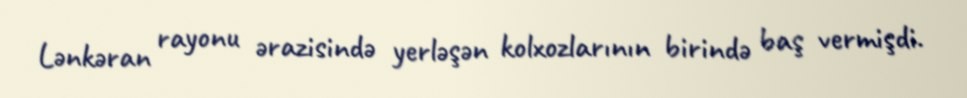
Lənkəran rayonu ərazisində yerləşən kolxozlarının birində baş vermişdi.